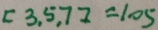
[ 3 , 5 , 7 ] = 1 0 5